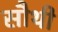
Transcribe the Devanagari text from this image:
सौथी